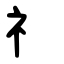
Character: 礻